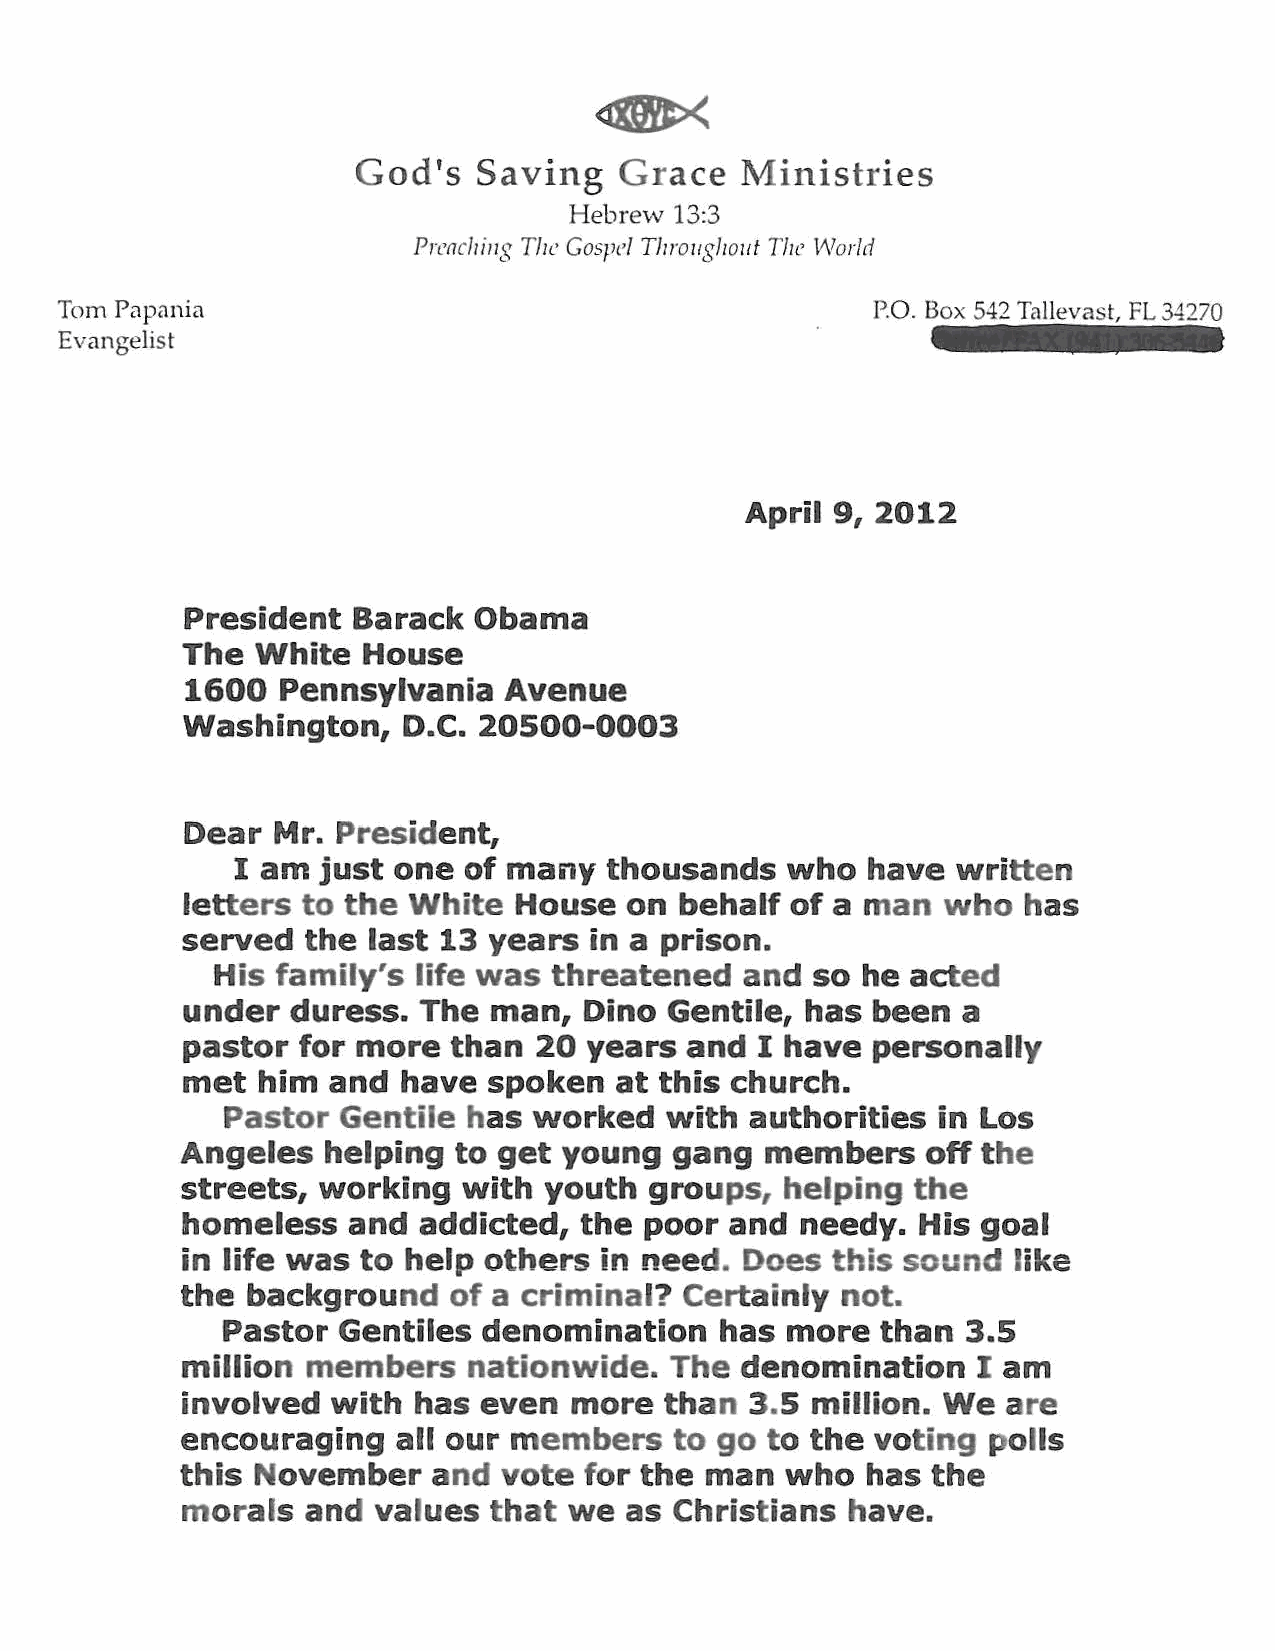
God's   Saving   Grace   Ministries
 Hebrew 13:3
 Preaching The Gospel Throughout The World
 Tom Papania                                           P.O. Box 542 Tallevast, FL 34270
 Evangelist
 April 9, 2012
 President  Barack  Obama
 The  White  House
 1600  Pennsylvania   Avenue
 Washington,    D.C. 20500-0003
 Dear  Mr. President,
 I am  just one  of many  thousands   who  have  written
 letters to the White  House  on  behalf of a man   who  has
 served  the last 13 years  in a prison.
 His family's  life was threatened  and  so he acted
 under  duress.  The man,   Dino Gentile, has  been  a
 pastor  for more  than  20 years and  I have  personally
 met  him  and  have spoken   at this church.
 Pastor  Gentile has worked   with  authorities in Los
 Angeles  helping  to get young   gang  members   off t he
 streets, working   with youth  groups,  helping the
 homeless   and  addicted, the  poor and  needy.  His goal
 in life was to help others  in need. Does  this sound  like
 the background    of a criminal? Certainly  not.
 Pastor Gentiles  denomination    has more  than  3.5
 million members    nationwide.  The  denomination    I am
 involved  with has  even  more  than  3.5 million. We  are
 encouraging   all our members    to go to the voting polls
 this November    and vote  for the man  who  has  the
 morals  and  values that  we as  Christians have.